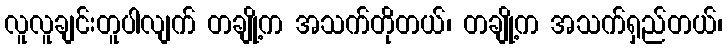
လူလူချင်းတူပါလျက် တချို့က အသက်တိုတယ်၊ တချို့က အသက်ရှည်တယ်၊